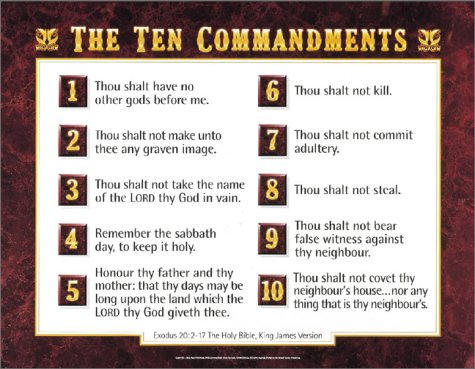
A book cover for KJV Ten Commandments wall chart- LAMINATED; Christian Books & Bibles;